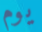
يوم